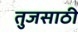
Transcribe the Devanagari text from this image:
तुजसाठी